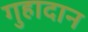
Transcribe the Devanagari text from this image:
गुहादान